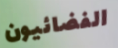
الفضائيون